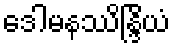
ဒေါမနဿိန္ဒြိယံ